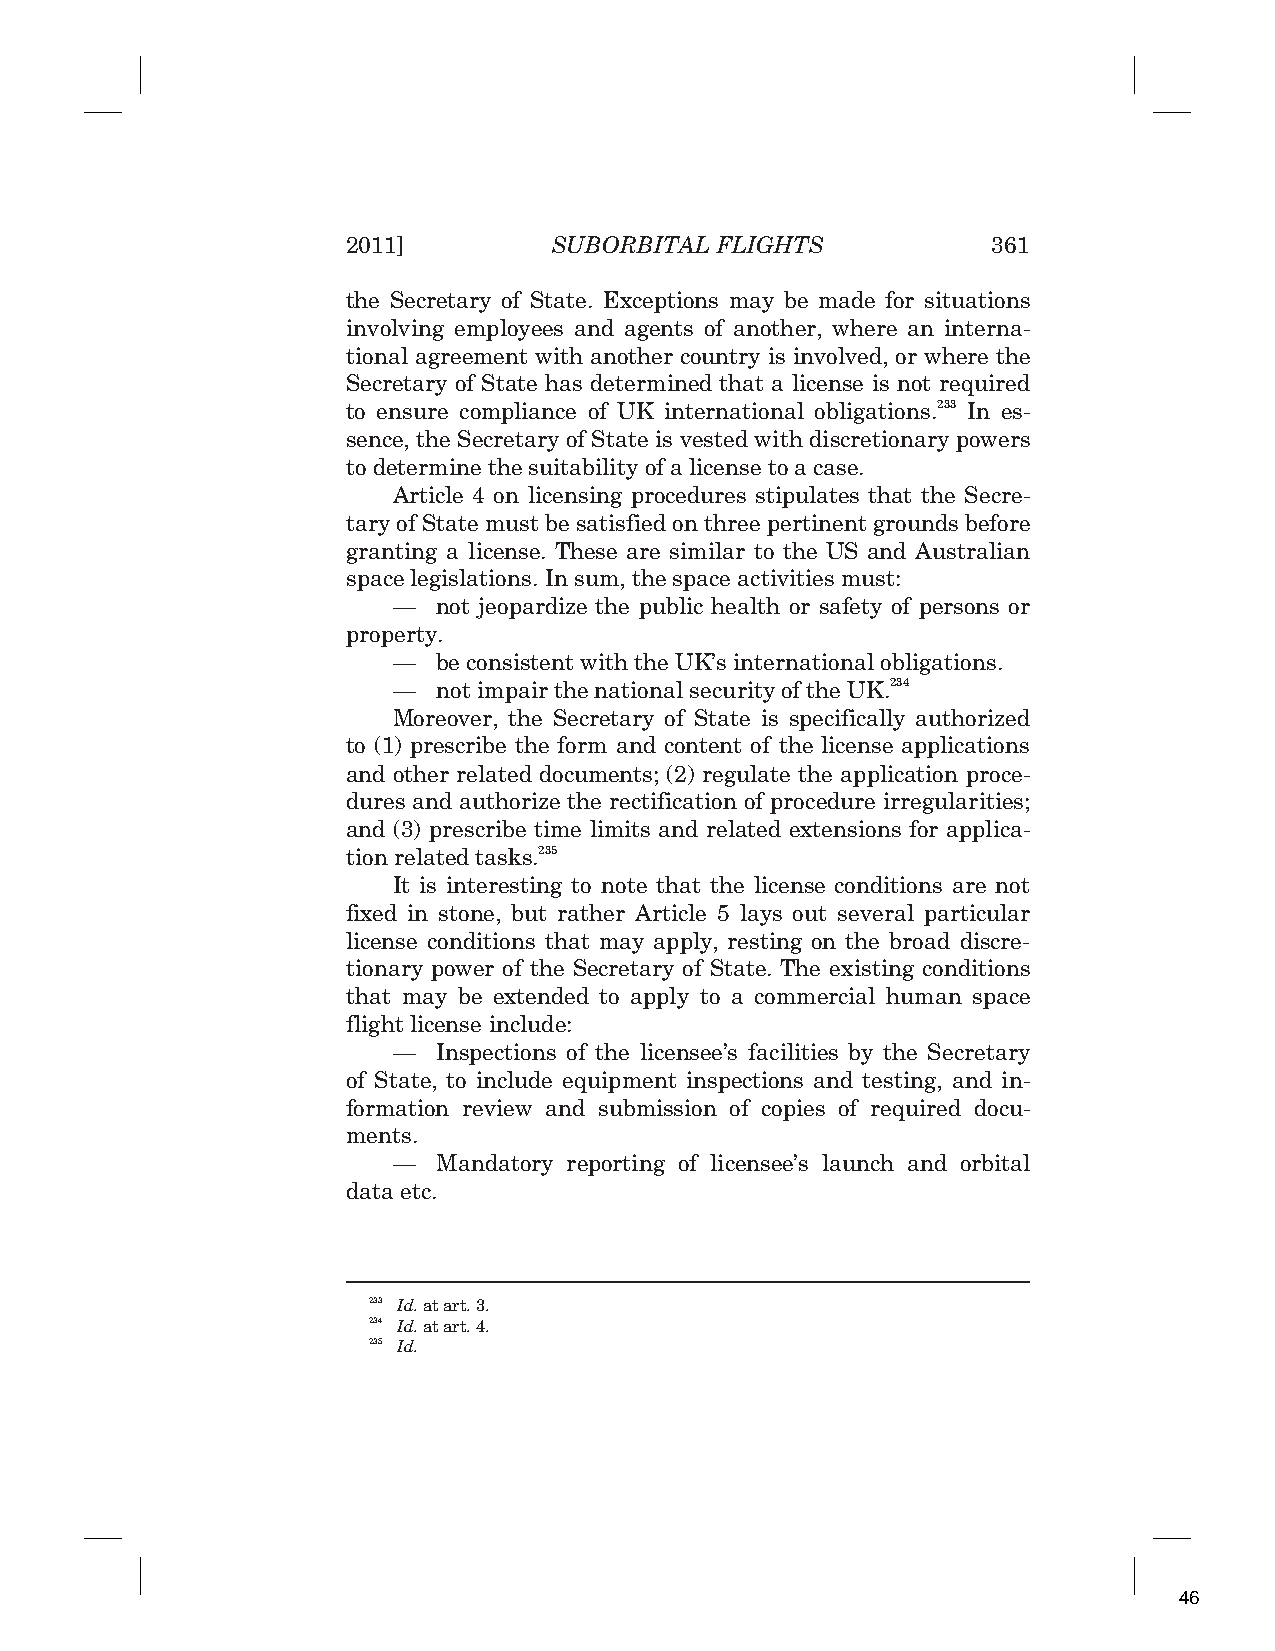
2011]         SUBORBITAL FLIGHTS           361
 the Secretary of State. Exceptions may be made for situations
 involving employees and agents of another, where an interna-
 tional agreement with another country is involved, or where the
 Secretary of State has determined that a license is not required
 to ensure compliance of UK international obligations.233 In es-
 sence, the Secretary of State is vested with discretionary powers
 to determine the suitability of a license to a case.
 Article 4 on licensing procedures stipulates that the Secre-
 tary of State must be satisfied on three pertinent grounds before
 granting a license. These are similar to the US and Australian
 space legislations. In sum, the space activities must:
 —  not jeopardize the public health or safety of persons or
 property.
 —  be consistent with the UK’s international obligations.
 —  not impair the national security of the UK.234
 Moreover, the Secretary of State is specifically authorized
 to (1) prescribe the form and content of the license applications
 and other related documents; (2) regulate the application proce-
 dures and authorize the rectification of procedure irregularities;
 and (3) prescribe time limits and related extensions for applica-
 tion related tasks.235
 It is interesting to note that the license conditions are not
 fixed in stone, but rather Article 5 lays out several particular
 license conditions that may apply, resting on the broad discre-
 tionary power of the Secretary of State. The existing conditions
 that may be extended to apply to a commercial human space
 flight license include:
 —  Inspections of the licensee’s facilities by the Secretary
 of State, to include equipment inspections and testing, and in-
 formation review and submission of copies of required docu-
 ments.
 —  Mandatory reporting of licensee’s launch and orbital
 data etc.
 233 Id. at art. 3.
 234 Id. at art. 4.
 235 Id.
 46